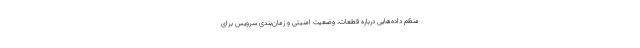
منظم داده‌هایی درباره‌ قطعات، وضعیت امنیتی و زمان‌بندی سرویس برای